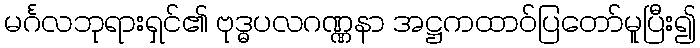
မင်္ဂလဘုရားရှင်၏ ဗုဒ္ဓပလဂဏ္ဏနာ အဋ္ဌကထာဝ်ပြတော်မူပြီး၍